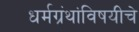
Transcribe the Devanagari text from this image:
धर्मग्रंथांविषयीचे